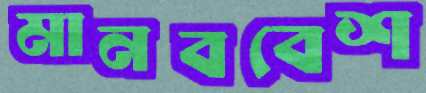
মানববেশ